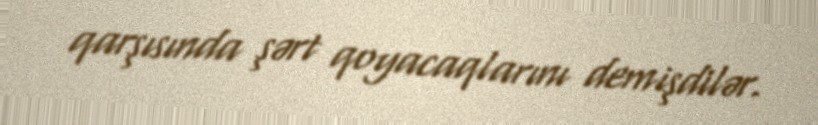
qarşısında şərt qoyacaqlarını demişdilər.